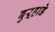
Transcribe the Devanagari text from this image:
बुऱ्हाडे